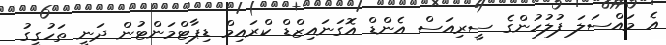
އެ މައްސަލަ ފުލުހުންގެ ސީރިއަސް އެންޑް އޮގަނައިޒްޑް ކްރައިމް ޑިޕާޓްމަންޓުން ދަނީ ތަހުގީގު